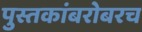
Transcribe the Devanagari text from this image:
पुस्तकांबरोबरच